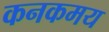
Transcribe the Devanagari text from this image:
कनकमय